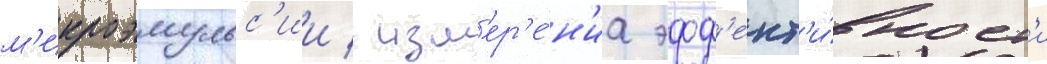
м'икроэмульс'ии / изм'ер'е́н'иа эфф'ект'и́вност'и